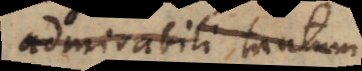
admirabili ejus